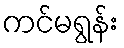
ကင်မရွန်း